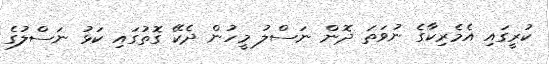
ކުރީގައި އެމެރިކާގެ ނުވަތަ ދޮން ނަސްލު މީހުން ދެކޭ ގޮތުގައި ކަޅު ނަސްލުގެ